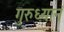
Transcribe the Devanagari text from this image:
गुरुध्यानं